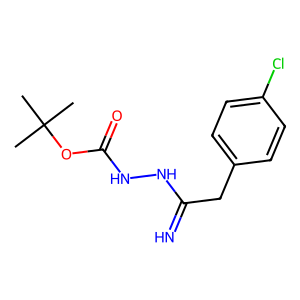
SMILES: CC(C)(C)OC(=O)NNC(=N)Cc1ccc(Cl)cc1
Inhibits HIV replication: No